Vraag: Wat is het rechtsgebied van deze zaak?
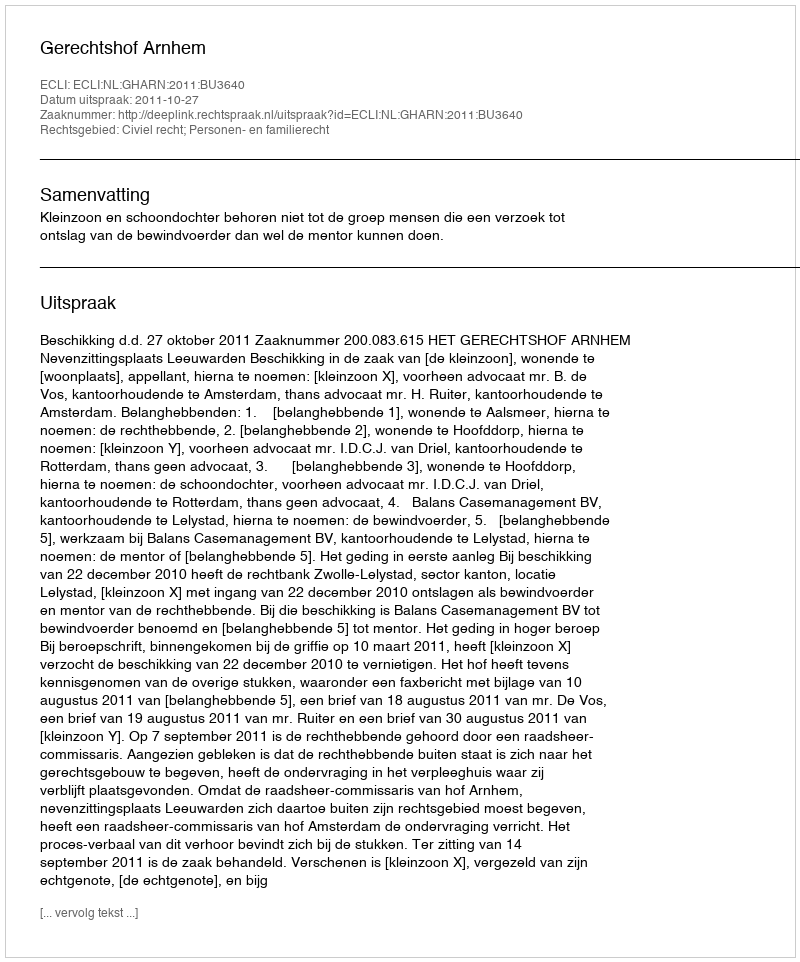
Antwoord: Civiel recht; Personen- en familierecht